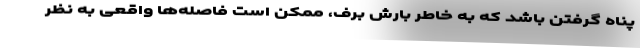
پناه گرفتن باشد که به خاطر بارش برف، ممکن است فاصله‌ها واقعی به نظر